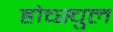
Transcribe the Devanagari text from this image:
होच्स्चुल